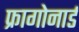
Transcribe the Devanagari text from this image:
फ्रागोनार्ड